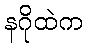
နဂိုထဲက